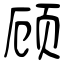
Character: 顾